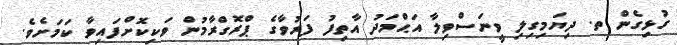
ގުޅިގެން ތ. ދިޔަމިގިލި ވީނަސްވިލާ އަޙްމަދު އާތިފު ފަރުވާގެ ޕްރޮގްރާމުން ވަކިކޮށްފައިވާ ކަމަށެވެ.